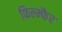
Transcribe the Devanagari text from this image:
फिल्म्फैर